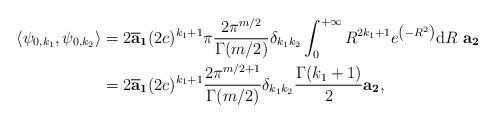
LaTeX: \begin{align*}\left\langle \psi_{0,k_1}, \psi_{0,k_2} \right\rangle&= 2\overline{\mathbf{a}}_\mathbf{1} (2c)^{k_1+1} \pi \frac{2\pi^{m/2}}{\Gamma(m/2)} \delta_{k_1k_2} \int_0^{+\infty} R^{2k_1+1} e^{\left(-R^2\right)} \mathrm{d}R\ \mathbf{a_2}\\&= 2\overline{\mathbf{a}}_\mathbf{1} (2c)^{k_1+1} \frac{2\pi^{m/2+1}}{\Gamma(m/2)} \delta_{k_1k_2} \frac{\Gamma(k_1+1)}{2} \mathbf{a_2},\end{align*}